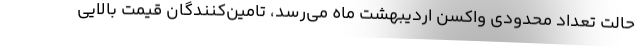
حالت تعداد محدودی واکسن اردیبهشت ماه می‌رسد، تامین‌کنندگان قیمت بالایی